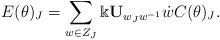
LaTeX: \begin{align*} E(\theta)_J=\sum_{w\in Z_J}\Bbbk {\bf U}_{w_Jw^{-1}}\dot{w}C(\theta)_J.\end{align*}